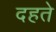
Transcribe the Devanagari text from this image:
दहते